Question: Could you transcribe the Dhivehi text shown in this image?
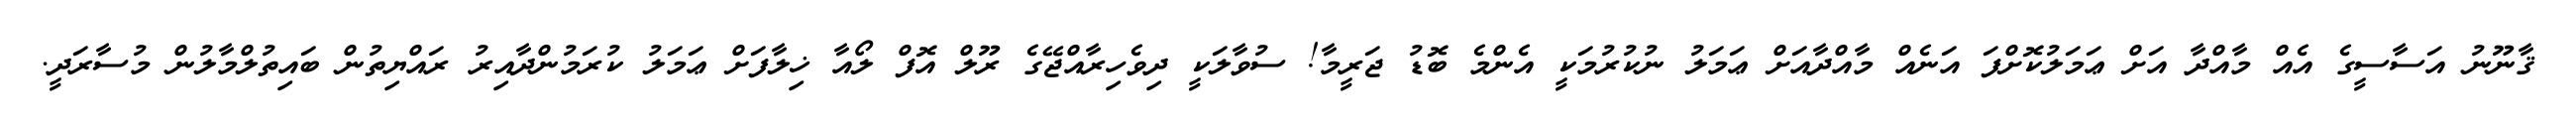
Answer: ޤާނޫނު އަސާސީގެ އެއް މާއްދާ އަށް ޢަމަލުކޮށްފަ އަނެއް މާއްދާއަށް ޢަމަލު ނުކުރުމަކީ އެންމެ ބޮޑު ޖަރީމާ! ސުވާލަކީ ދިވެހިރާއްޖޭގެ ރޫލް އޮފް ލޯއާ ޚިލާފަށް ޢަމަލު ކުރަމުންދާއިރު ރައްޔިތުން ބައިތުލްމާލުން މުސާރަދީ.